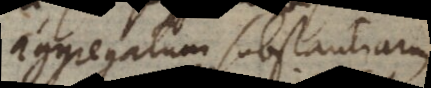
aggregatum substantiarum,